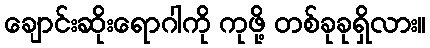
ချောင်းဆိုးရောဂါကို ကုဖို့ တစ်ခုခုရှိလား။